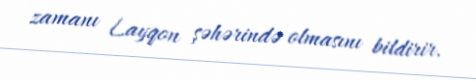
zamanı Layqon şəhərində olmasını bildirir.